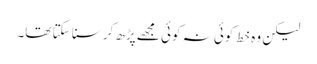
لیکن وہ خط کوئی نہ کوئی مجھے پڑھ کر سنا سکتا تھا۔